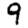
Digit: 9